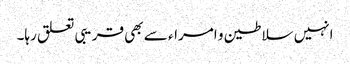
انہیں سلاطین و امراء سے بھی قریبی تعلق رہا۔